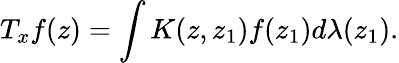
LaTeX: T_{x}f(z)=\int K(z,z_{1})f(z_{1})d\lambda(z_{1}).